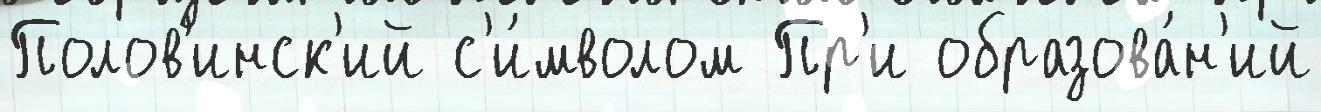
Полов'инск'ий с'и́мволом Пр'и образова́н'ий